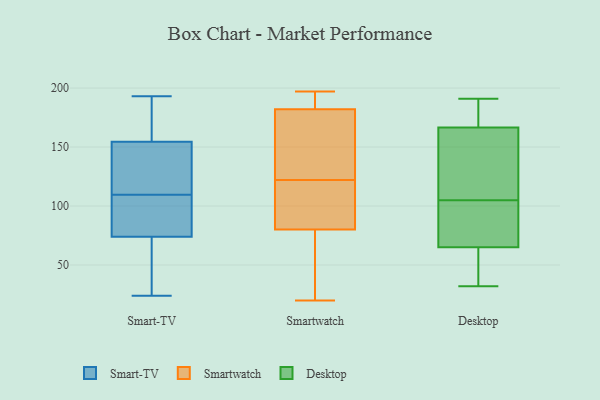
{"axis": {"x": "Page Views", "y": "Value"}, "legend": ["Desktop", "Smart-TV", "Smartwatch"], "data": [{"x": "", "y": 77, "type": "Smart-TV"}, {"x": "", "y": 140, "type": "Smart-TV"}, {"x": "", "y": 173, "type": "Smart-TV"}, {"x": "", "y": 33, "type": "Smart-TV"}, {"x": "", "y": 103, "type": "Smart-TV"}, {"x": "", "y": 165, "type": "Smart-TV"}, {"x": "", "y": 76, "type": "Smart-TV"}, {"x": "", "y": 84, "type": "Smart-TV"}, {"x": "", "y": 138, "type": "Smart-TV"}, {"x": "", "y": 180, "type": "Smart-TV"}, {"x": "", "y": 53, "type": "Smart-TV"}, {"x": "", "y": 193, "type": "Smart-TV"}, {"x": "", "y": 24, "type": "Smart-TV"}, {"x": "", "y": 72, "type": "Smart-TV"}, {"x": "", "y": 144, "type": "Smart-TV"}, {"x": "", "y": 116, "type": "Smart-TV"}, {"x": "", "y": 108, "type": "Smartwatch"}, {"x": "", "y": 118, "type": "Smartwatch"}, {"x": "", "y": 171, "type": "Smartwatch"}, {"x": "", "y": 80, "type": "Smartwatch"}, {"x": "", "y": 197, "type": "Smartwatch"}, {"x": "", "y": 115, "type": "Smartwatch"}, {"x": "", "y": 43, "type": "Smartwatch"}, {"x": "", "y": 33, "type": "Smartwatch"}, {"x": "", "y": 20, "type": "Smartwatch"}, {"x": "", "y": 188, "type": "Smartwatch"}, {"x": "", "y": 126, "type": "Smartwatch"}, {"x": "", "y": 182, "type": "Smartwatch"}, {"x": "", "y": 81, "type": "Smartwatch"}, {"x": "", "y": 192, "type": "Smartwatch"}, {"x": "", "y": 78, "type": "Smartwatch"}, {"x": "", "y": 196, "type": "Smartwatch"}, {"x": "", "y": 156, "type": "Smartwatch"}, {"x": "", "y": 148, "type": "Smartwatch"}, {"x": "", "y": 101, "type": "Desktop"}, {"x": "", "y": 178, "type": "Desktop"}, {"x": "", "y": 38, "type": "Desktop"}, {"x": "", "y": 74, "type": "Desktop"}, {"x": "", "y": 191, "type": "Desktop"}, {"x": "", "y": 32, "type": "Desktop"}, {"x": "", "y": 105, "type": "Desktop"}, {"x": "", "y": 163, "type": "Desktop"}, {"x": "", "y": 143, "type": "Desktop"}, {"x": "", "y": 81, "type": "Desktop"}, {"x": "", "y": 111, "type": "Desktop"}, {"x": "", "y": 35, "type": "Desktop"}, {"x": "", "y": 177, "type": "Desktop"}]}